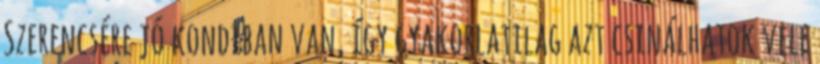
Szerencsére jó kondiban van, így gyakorlatilag azt csinálhatok vele